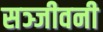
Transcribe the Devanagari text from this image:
सञ्जीवनी